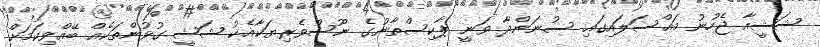
ޝަޝީއާ ޖެހުނު މައްސަލައިގައި ސުނަންދާ ވަނީ ޕާކިސްތާނުގެ ނޫސްވެރިޔަކާއެކު ޝަޝީ ގުޅުންތަކެއް ބޭއްވިކަމަށް